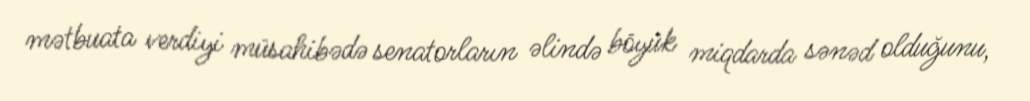
mətbuata verdiyi müsahibədə senatorların əlində böyük miqdarda sənəd olduğunu,